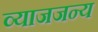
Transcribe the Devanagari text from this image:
व्याजजन्य